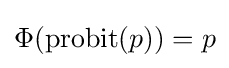
\Phi (\operatorname {probit} (p))=p